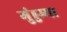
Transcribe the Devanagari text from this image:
गुंड्डम्मा